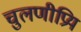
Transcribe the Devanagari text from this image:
चुलणीप्रिय